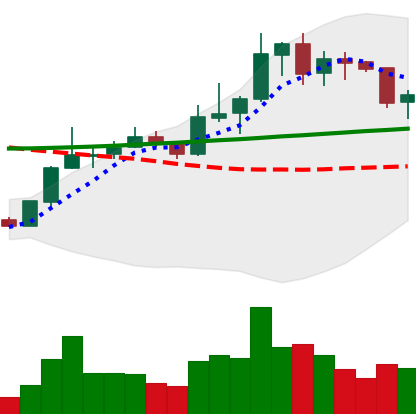
Ticker: LINK-USD
Chart end date: 2020-01-24
Forward return: 11.218%
Label: up_7plus